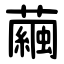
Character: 繭